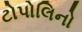
ટોપોલિનો